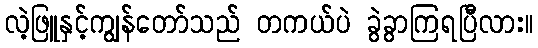
လဲ့ဖြူနှင့်ကျွန်တော်သည် တကယ်ပဲ ခွဲခွာကြရပြီလား။